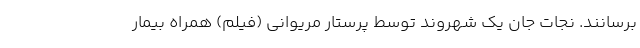
برسانند. نجات جان یک شهروند توسط پرستار مریوانی (فیلم) همراه بیمار